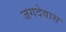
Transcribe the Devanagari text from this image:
जगदेवास